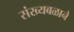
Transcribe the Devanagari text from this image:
संख्यबळाने